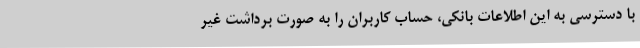
با دسترسی به این اطلاعات بانکی، حساب کاربران را به صورت برداشت غیر